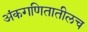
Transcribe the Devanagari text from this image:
अंकगणितातीलच